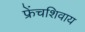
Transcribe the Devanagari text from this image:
फ्रेंचशिवाय